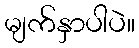
မျက်နှာပါပဲ။